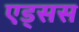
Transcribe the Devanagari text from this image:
एड्सस